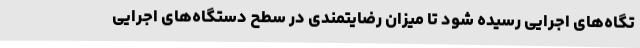
تگاه‌های اجرایی رسیده شود تا میزان رضایتمندی در سطح دستگاه‌های اجرایی